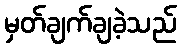
မှတ်ချက်ချခဲ့သည်